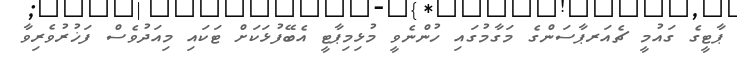
ޕާޓީގެ ގައުމީ ޗެއަރޕާސަންގެ މަގާމުގައި ހުންނެވީ މުޅިމިޕާޓީ އެބޭފުޅަކަށް ޓަކައި މިއަދުވެސް ފަޚުރުވެރިވާ